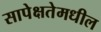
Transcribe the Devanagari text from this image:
सापेक्षतेमधील